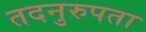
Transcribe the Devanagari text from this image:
तदनुरुपता